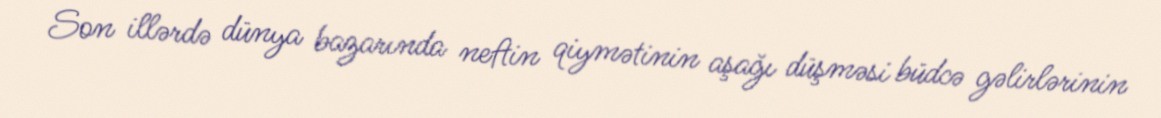
Son illərdə dünya bazarında neftin qiymətinin aşağı düşməsi büdcə gəlirlərinin